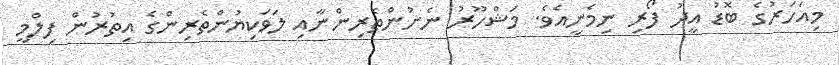
މިއަހަރުގެ ބޮޑު އީދު ފޯރި ނިމެނީއެވެ. މަޝްހޫރު ނެށުންތެރިންނާއި ލަވަކިޔުންތެރިންގެ އިތުރުން ފިލްމީ